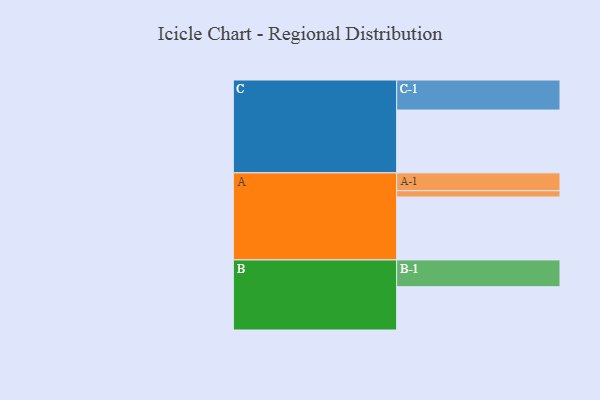
{"axis": {"x": "Segment", "y": "Value"}, "legend": ["", "A", "B", "C"], "data": [{"x": "A", "y": 519, "type": ""}, {"x": "B", "y": 357, "type": ""}, {"x": "C", "y": 518, "type": ""}, {"x": "A-1", "y": 147, "type": "A"}, {"x": "A-2", "y": 52, "type": "A"}, {"x": "B-1", "y": 221, "type": "B"}, {"x": "C-1", "y": 248, "type": "C"}]}